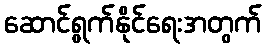
ဆောင်ရွက်နိုင်ရေးအတွက်